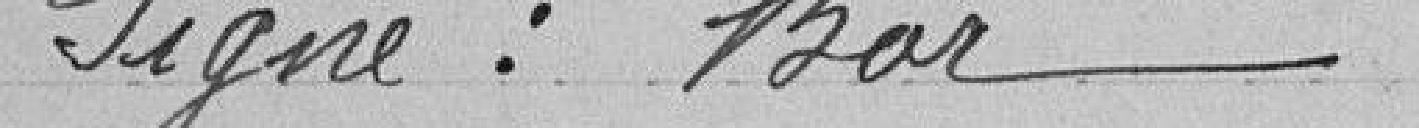
Signé : Bor